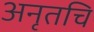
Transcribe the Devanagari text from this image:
अनृतचि